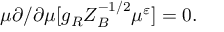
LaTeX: \mu \partial / \partial \mu [ g _ { R } Z _ { B } ^ { - 1 / 2 } \mu ^ { \varepsilon } ] = 0 .